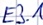
Text: E3.1